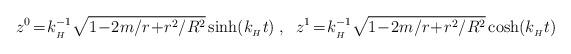
LaTeX: \begin{align*}z^{0}\!=\!k_{\mbox{}_H}^{-1}\sqrt{1\!-\!2m/r\!+\! r^2/R^2}\sinh (k_{\mbox{}_H}t)\; , \;\; z^{1}\!=\!k_{\mbox{}_H}^{-1}\sqrt{1\!-\!2m/r\!+\!r^2/R^2}\cosh (k_{\mbox{}_H}t)\end{align*}